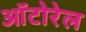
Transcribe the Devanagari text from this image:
ऑटोरेल